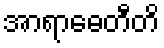
အာရာဓေတီတိ